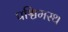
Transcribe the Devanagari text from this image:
पश्चिमस्थ